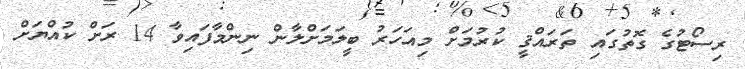
ރިސޯޓުގެ ގޮތުގައި ތަރައްޤީ ކުރުމަށް މިއަހަރު ބީލަމަށްލާން ނިންމާފައިވާ 14 ރަށް ކުއްޔަށް